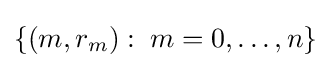
\{(m,r_{m}):\;m=0,\dots ,n\}